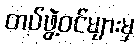
တပ်ဖွဲ့ဝင်များမှ